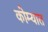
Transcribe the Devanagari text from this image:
कोम्यात